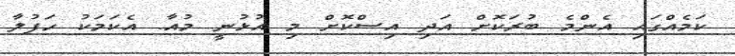
ކަމެއްގައި އެންމެ ބުރަކޮށް އަދި އިސްކޮށް މި އުޅުނީ މުއާ. އެކަމަކު ހަފުލާ